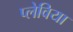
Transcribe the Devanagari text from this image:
प्लेविया